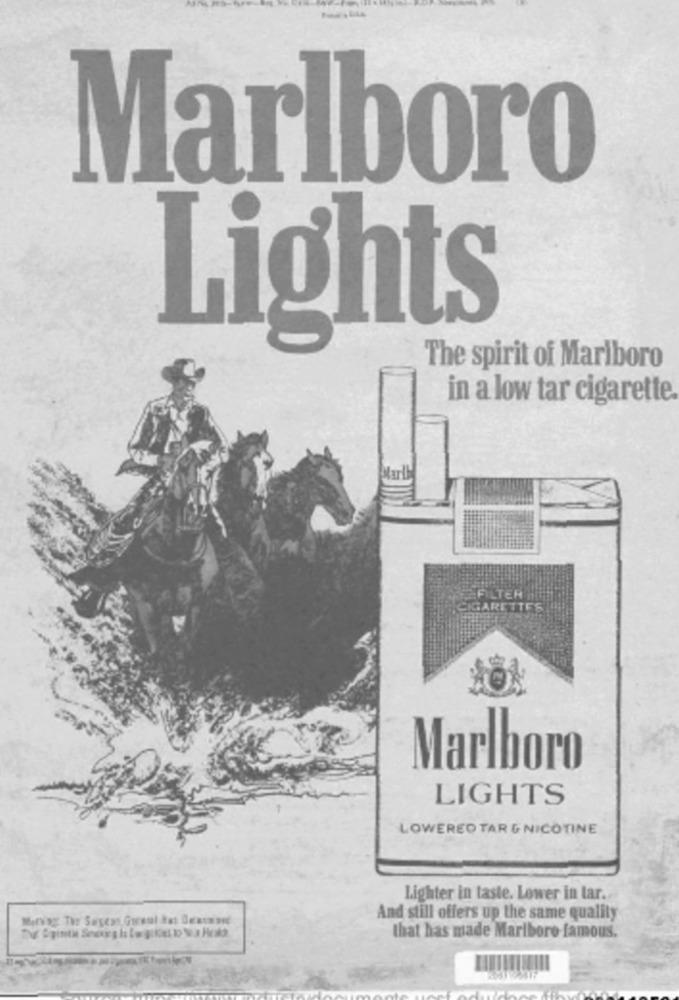
Marlboro
Lights
The spirit of Marlboro
in a low tar cigarette
FILTER'
CIGARETTES
Marlboro
LIGHTS
LOWERED TAR & NICOTINE
Lighter in taste. Lower in lar.
And still offers up the same quality
that has made Marlboro famous.